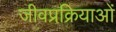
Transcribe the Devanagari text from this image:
जीवप्रक्रियाओं